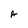
Character: A